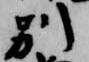
別